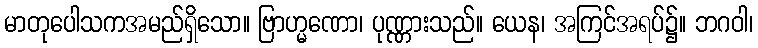
မာတုပေါသကအမည်ရှိသော။ ဗြာဟ္မဏော၊ ပုဏ္ဏားသည်။ ယေန၊ အကြင်အရပ်၌။ ဘဂဝါ၊